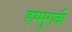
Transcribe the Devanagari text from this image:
हम्मुरावी